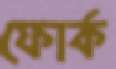
ফোর্ক